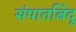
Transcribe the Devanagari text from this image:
संपातबिंदू